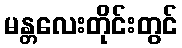
မန္တလေးတိုင်းတွင်